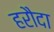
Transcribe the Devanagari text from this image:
हरौदा